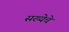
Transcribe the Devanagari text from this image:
सख्येचे